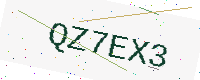
Text: QZ7EX3